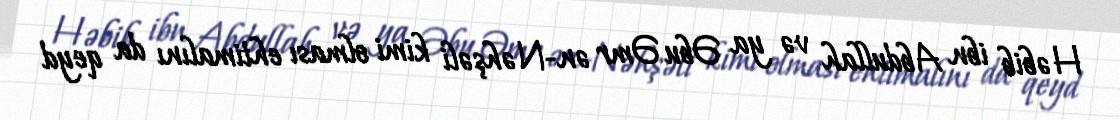
Həbib ibn Abdullah və ya Əbu Əmr ən-Nəhşəli kimi olması ehtimalını da qeyd